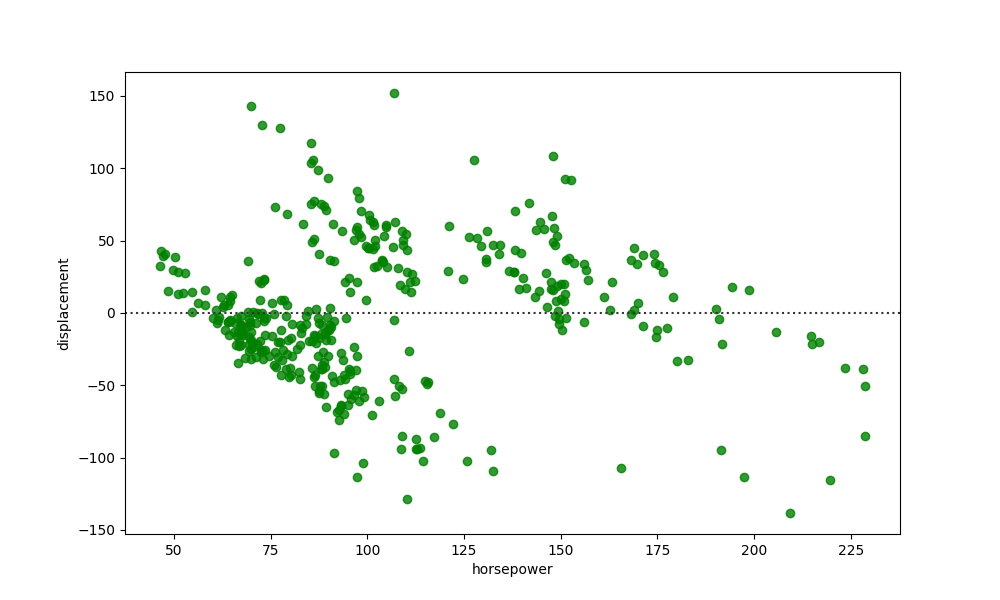
python, seaborn, residplot, lowess=False, scatter_color=green